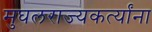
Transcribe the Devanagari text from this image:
मुघलराज्यकर्त्यांना